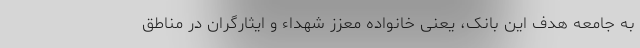
به جامعه هدف این بانک، یعنی خانواده معزز شهداء و ایثارگران در مناطق